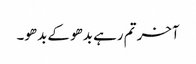
آخر تم رہے بدھو کے بدھو۔